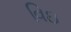
વિઇ